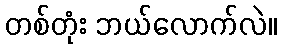
တစ်တုံး ဘယ်လောက်လဲ။